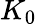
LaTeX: K_{0}